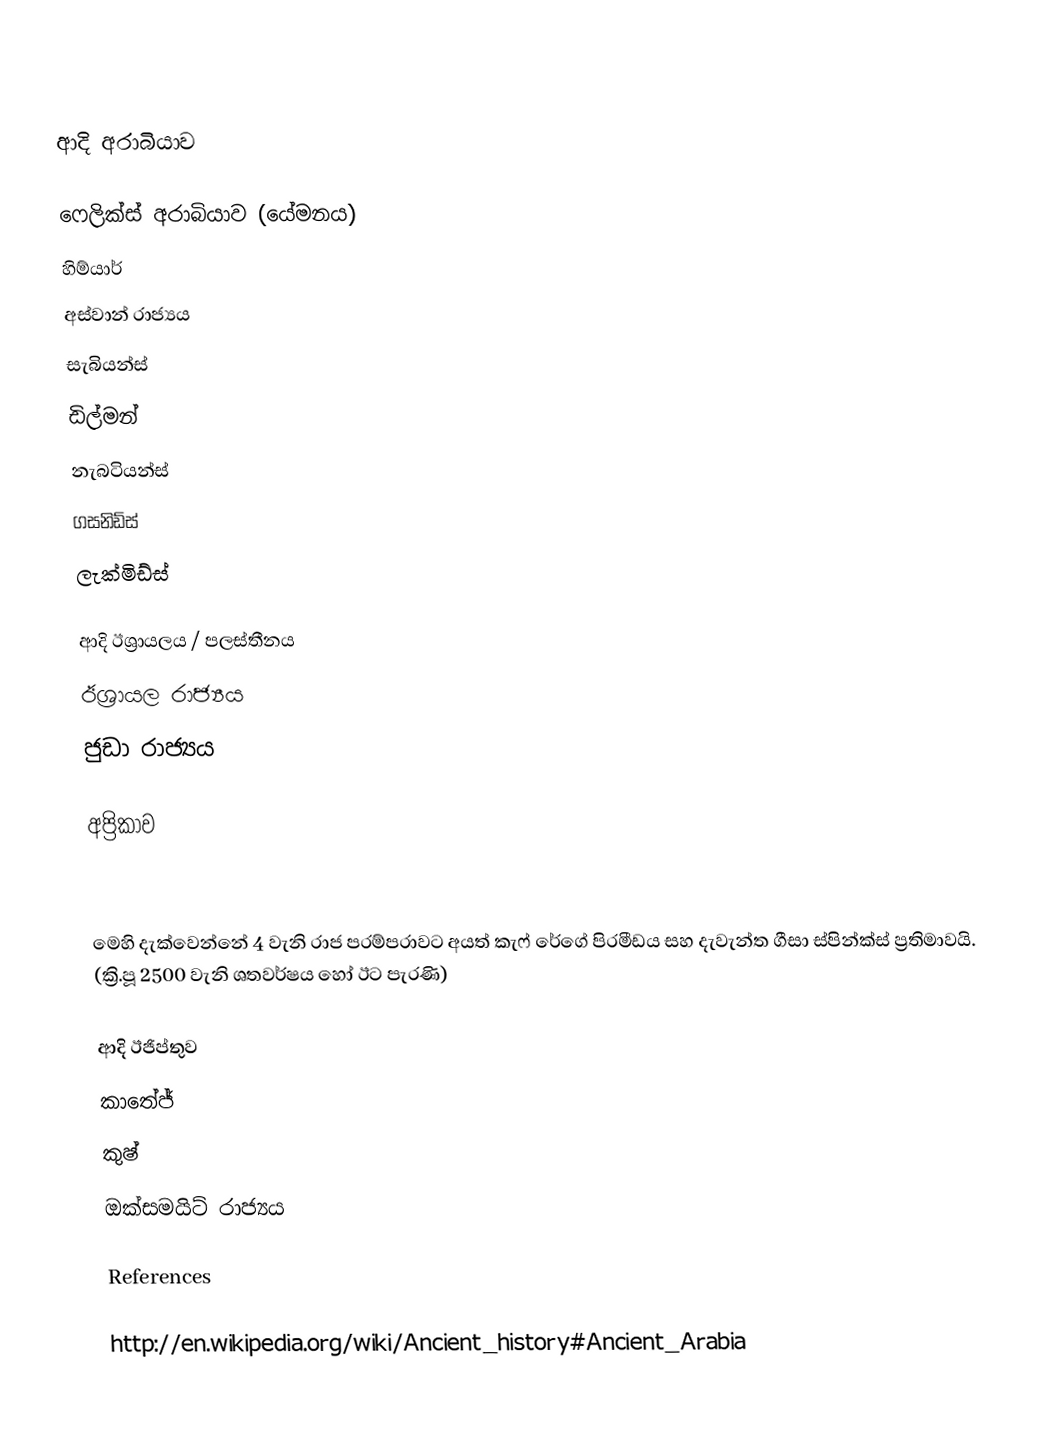

ආදි අරාබියාව

ෆෙලික්ස් අරාබියාව (යේමනය)
හිම්යාර්
අස්වාන් රාජ්‍යය
සැබියන්ස්
ඩිල්මන්
නැබටියන්ස්
ගසනිඩ්ස්
ලැක්මිඩ්ස්

ආදි ඊශ්‍රායලය / පලස්තීනය
ඊශ්‍රායල රාජ්‍යය
ජුඩා රාජ්‍යය

අප්‍රිකාව

මෙහි දැක්වෙන්නේ 4 වැනි රාජ පරම්පරාවට අයත් කැෆ් රේගේ පිරමීඩය සහ දැවැන්ත ගීසා ස්පින්ක්ස්  ප්‍රතිමාවයි. (ක්‍රි.පූ 2500 වැනි ශතවර්ෂය හෝ ඊට පැරණි)

ආදි ඊජිප්තුව
කාතේජ්
කුෂ්
ඔක්සමයිට් රාජ්‍යය

References

http://en.wikipedia.org/wiki/Ancient_history#Ancient_Arabia